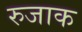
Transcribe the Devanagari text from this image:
रुजाक